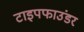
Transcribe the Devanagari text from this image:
टाइपफाउंडर